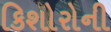
કિશોરોની